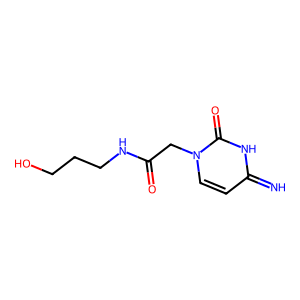
SMILES: N=c1ccn(CC(=O)NCCCO)c(=O)[nH]1
Inhibits HIV replication: No